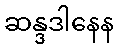
ဆန္ဒဒါနေန